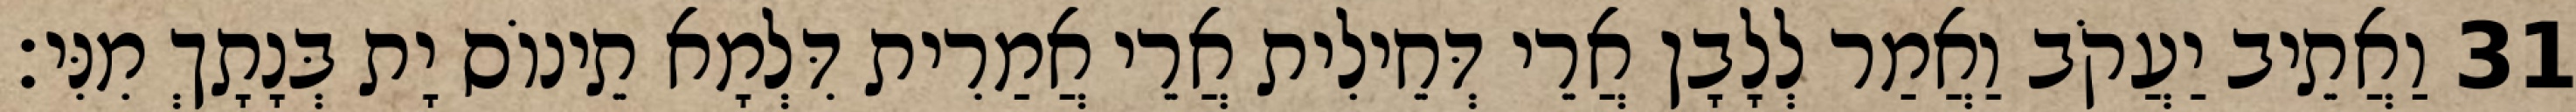
31 וַאֲתֵיב יַעֲקֹב וַאֲמַר לְלָבָן אֲרֵי דְּחֵילִית אֲרֵי אֲמַרִית דִּלְמָא תֵינוֹס יָת בְּנָתָךְ מִנִּי׃